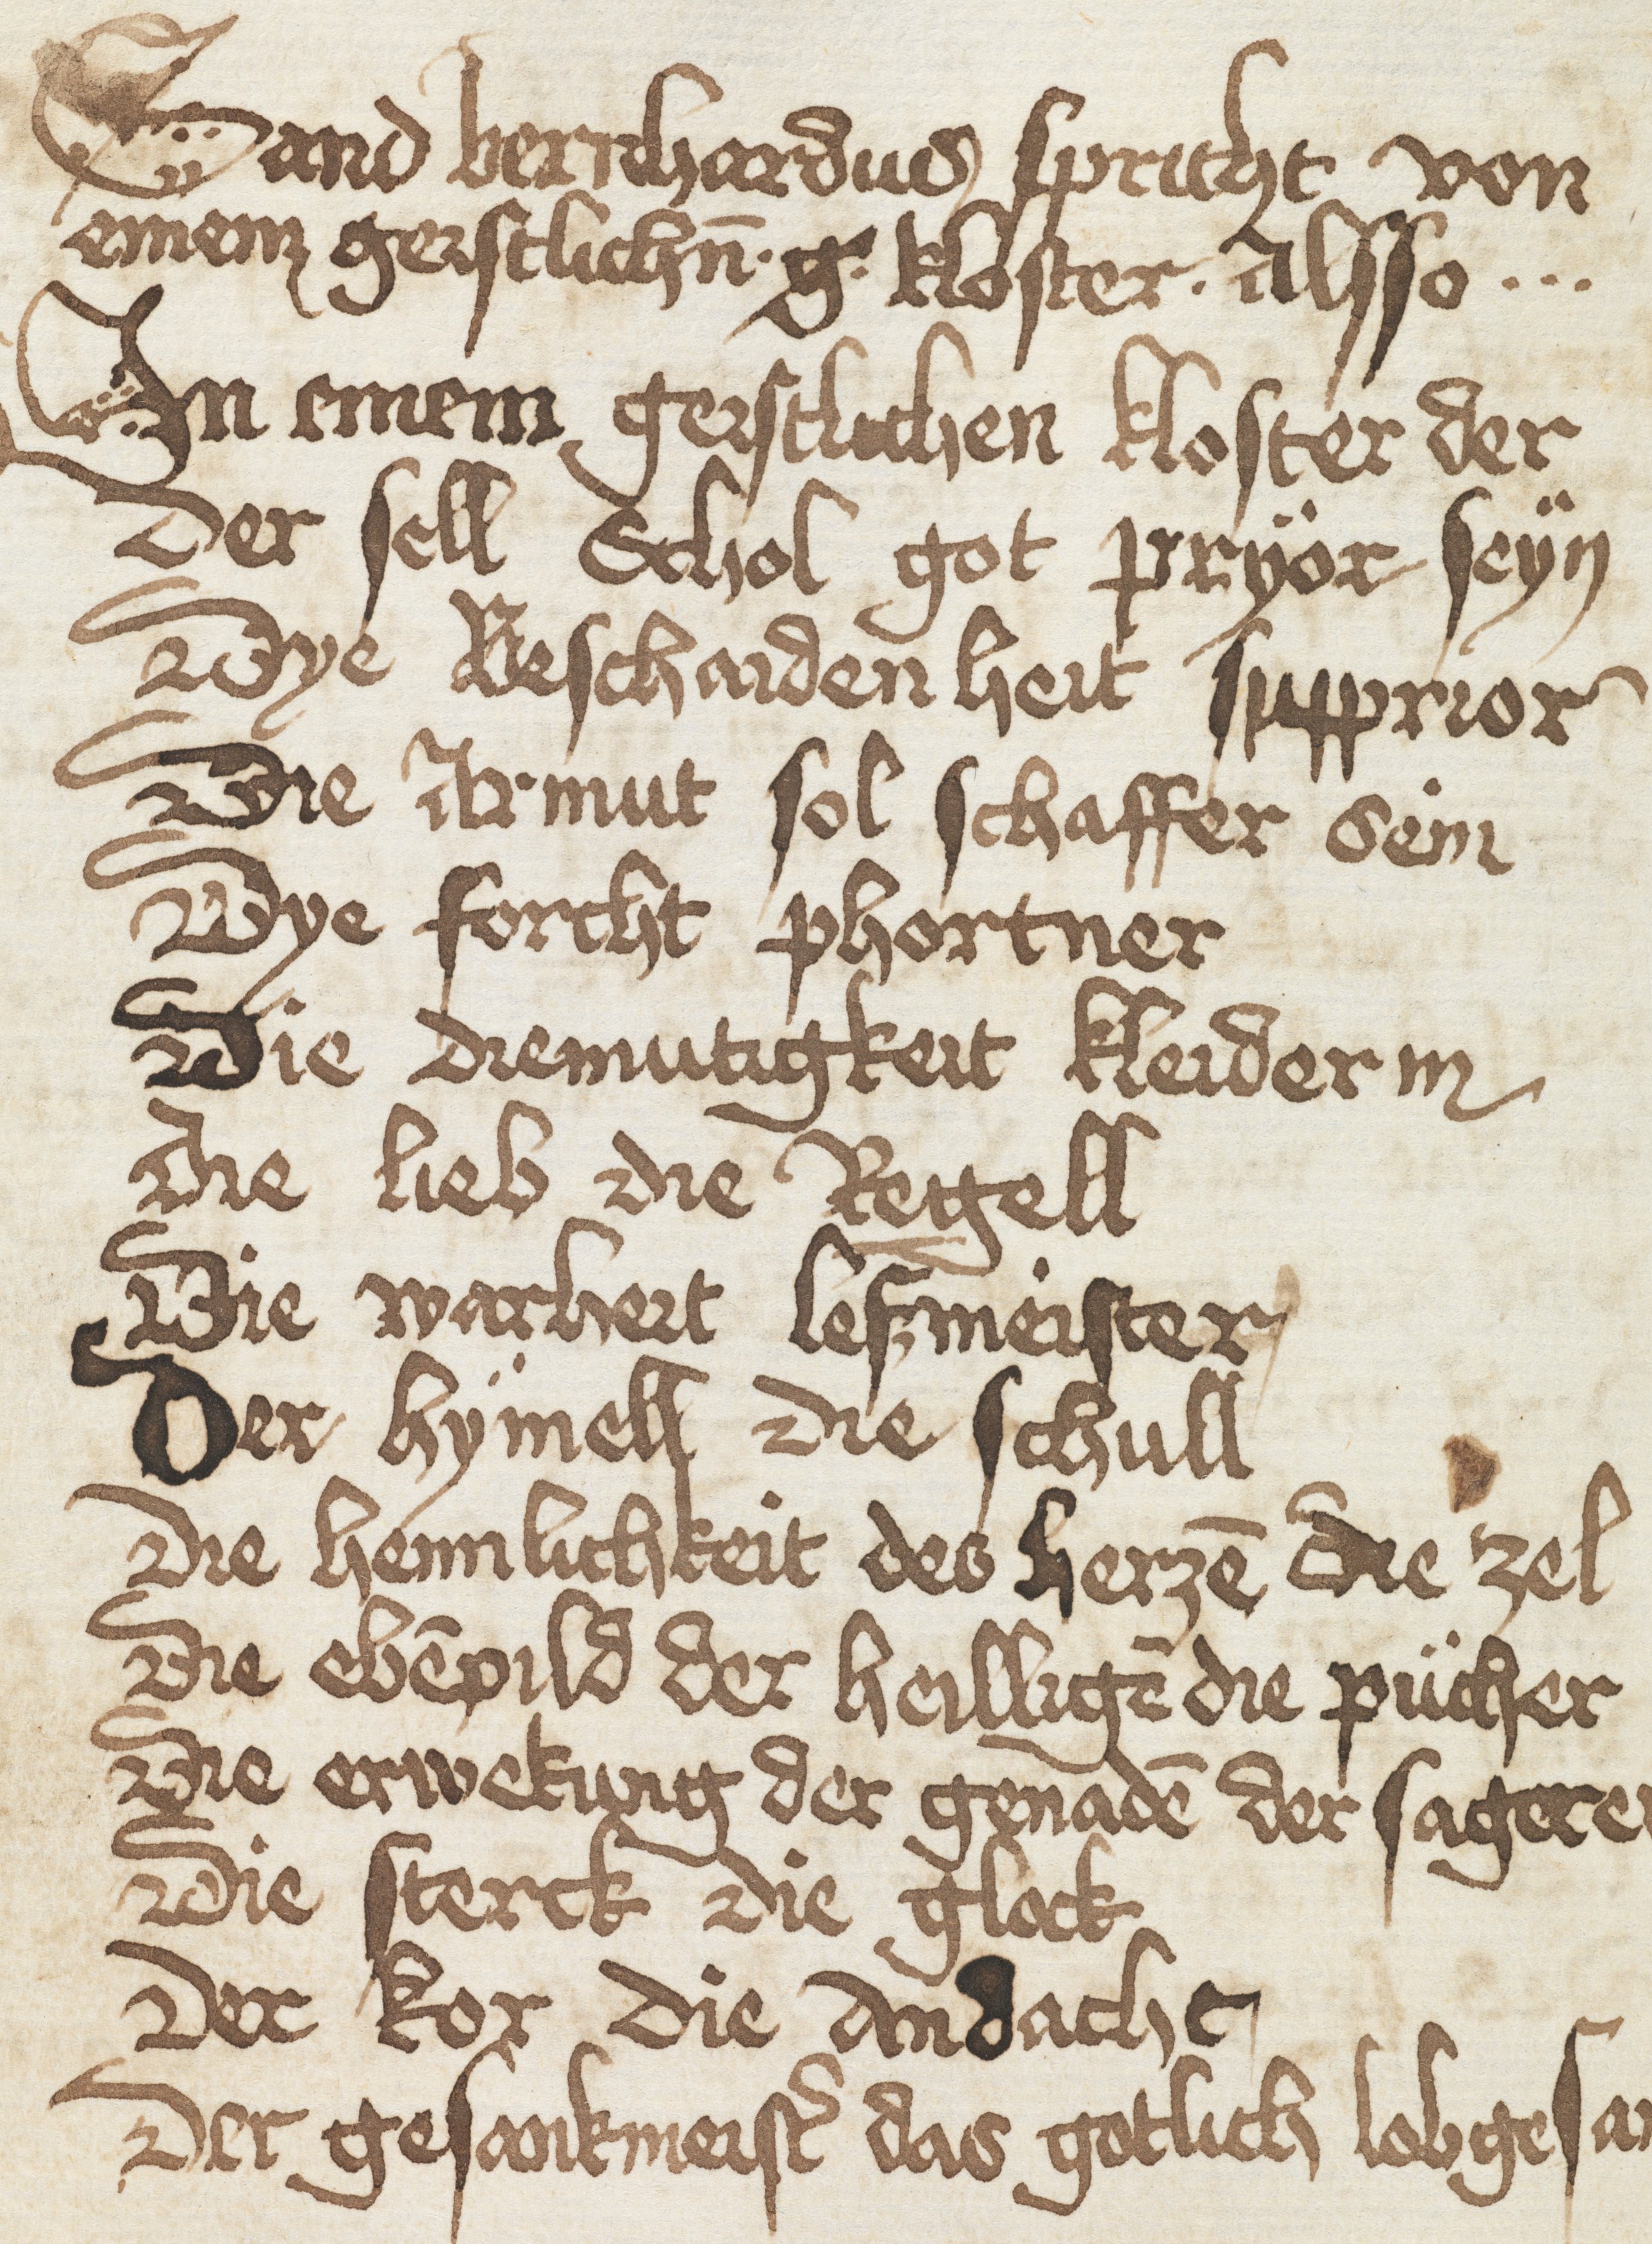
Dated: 1400–1499